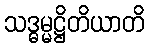
သဒ္ဓမ္မဋ္ဌိတိယာတိ